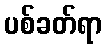
ပစ်ခတ်ရာ